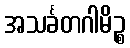
အသင်္ခတဂါမိဉ္စ